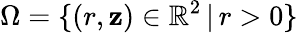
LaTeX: \Omega=\{ (r,\mathbf{z})\in\mathbb{{R}}^{2}\, |\, r>0\}